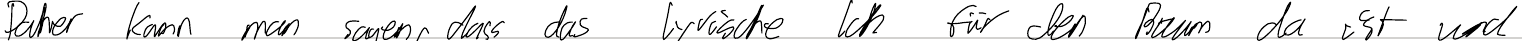
Daher kann man sagen, dass das lyrische Ich für den Baum da ist und